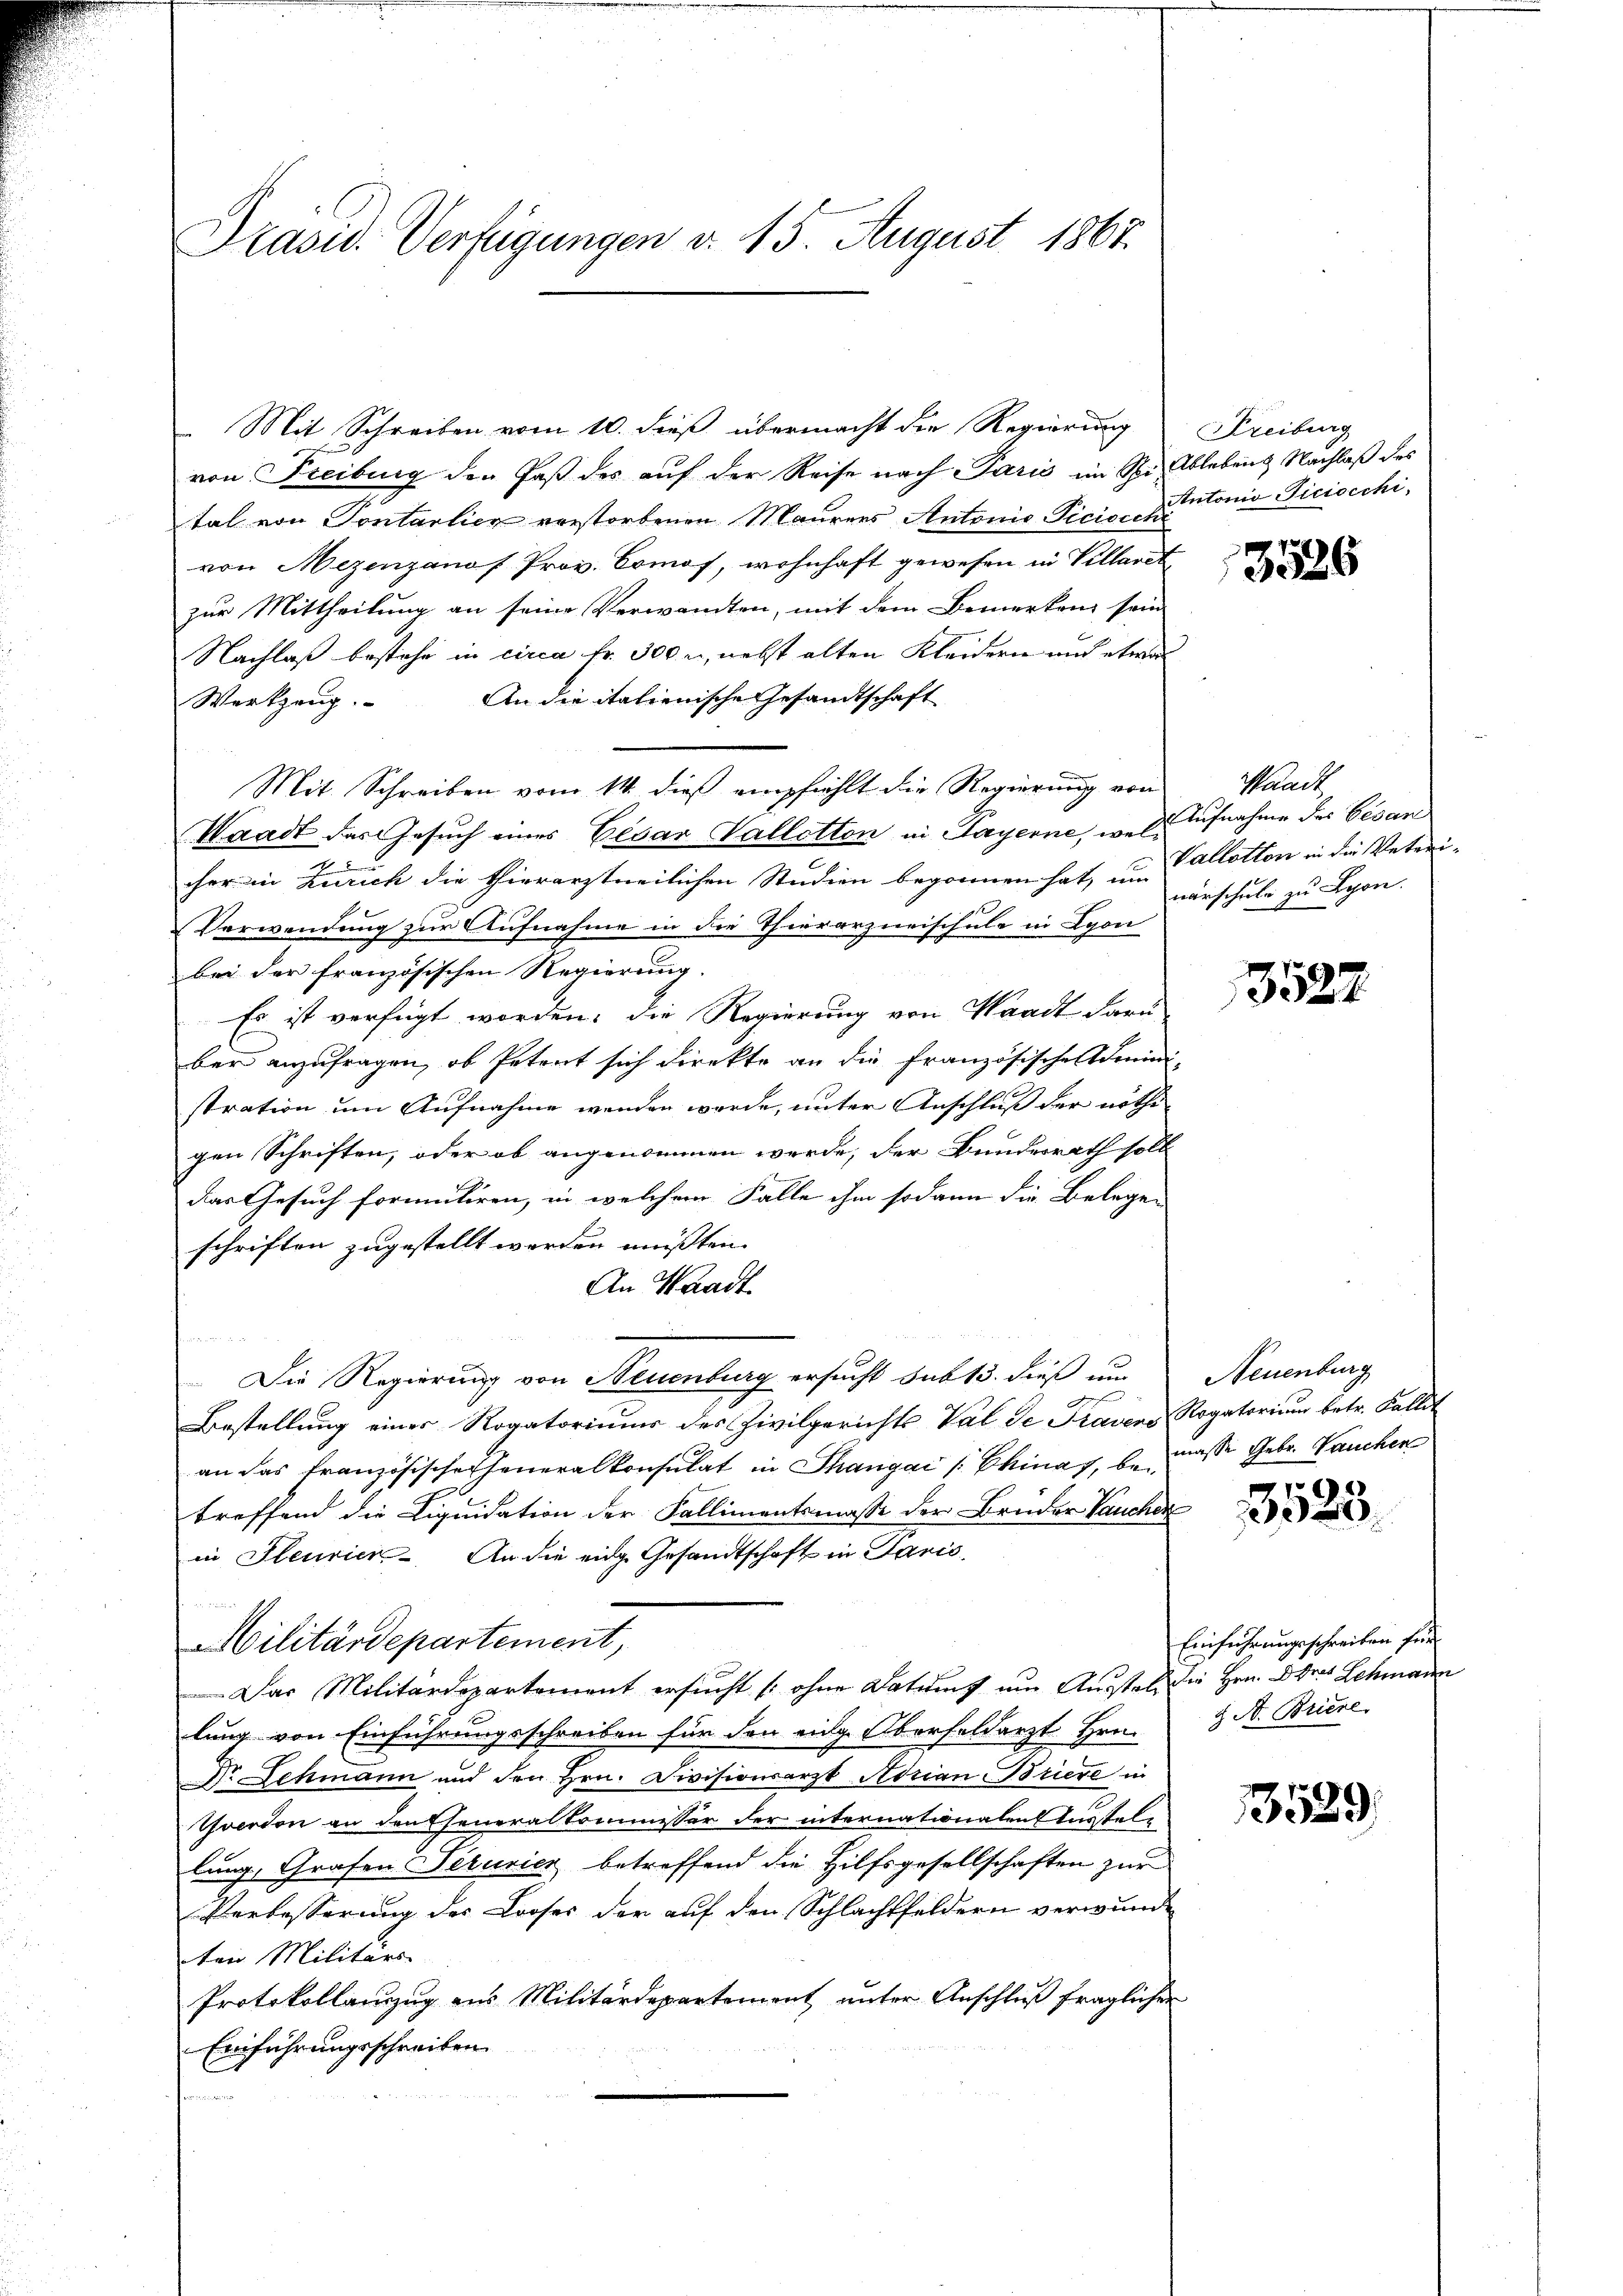
Präsid. Verfügungen d. 15. August 1867.

Mit Schreiben vom 10. dieß übermacht die Regierung
von Freiburg der Paß des auf der Reise nach Paris im Spi Ableben. Nachlaß des
tal von Sontalien verstorbenen Maurers Antonio Piciscchi
von Mezenzanos Prov. Comof, wohnhaft gewesen in Villarit
zur Mittheilung an seine Verwandten, mit dem Bemerken sein
Nachlaß bestehe in circa Fr. 300 u, nebst alten Kleidern und etwas
An die italienische Gesandtschaft
Werkzeug.
Mit Schreiben vom 14. dieß empfiehlt die Regierung von
Waadt der Gesuch eines Cesar Vallotten in Payerne, wele Aufnahme des Gesan
cher in Zürich die thierarztneilichen Studien begonnen hat, um Pallation in die Veteri-
Verwendung zur Aufnahme in die Thierarzneischule in Lyon
bei der französischen Regierung.
Es ist verfügt worden. Die Regierung von Waadt daru
ber anzufragen, ob Petent sich direkte an die französische domini-
stration um Aufnahme wenden werde, unter Anschluß der nöthi-
gen Schriften, oder ob angenommen werde, der Bunderrath soll
das Gesuch formuliren, in welchem Falle ihm sodann die Belegen
schriften zugestellt werden müßten.
An Waadt
a der
Die Regierung von Neuenburg ersucht das 13. dieß um Neuenburg
Bestellung einer Rogatoriums des Zivilgerichts Val de Travers Rogatorium betr. Fallit
an das französischeheneralkonsulat in Thangai [Chinas, bemüsse Gebr. auchen
treffend die Liquidation der Fallimentsmasse der Bruder Baucher
in Fleurier. An die eige Gesandtschaft in Paris,

Militärdepartement,
Das Militärdepartement ersucht (ohne Datums um Ausstel die Hrn. Adres Schmann
lung von Einführungsschreiben für den eige Oberfeldarzt Hrn.
Dr Lehmann und den Hrn. Divisionsarzt Adrian Briere in
Yverdon an den Eseneralkommissär der internationalen Kastell
lung, Grafen Pecurier betreffend die Hilfsgesellschaften zur
Verbesserung des Looses der auf den Schlachtfeldern verwunde
ten Militärs
Protokollanzug aus Militärdepartement unter Anschluß fraglichen
Einführungsschreiben

Freiburg
Antonio Ticivechi

3526

Waadt
närschule zu Lyon.

13522

3523.

Einführungsschreiben für
J. A. Briere.

3589